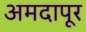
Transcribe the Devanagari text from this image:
अमदापूर